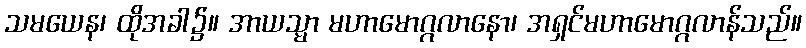
သမယေန၊ ထိုအခါ၌။ အာယသ္မာ မဟာမောဂ္ဂလာနော၊ အရှင်မဟာမောဂ္ဂလာန်သည်။